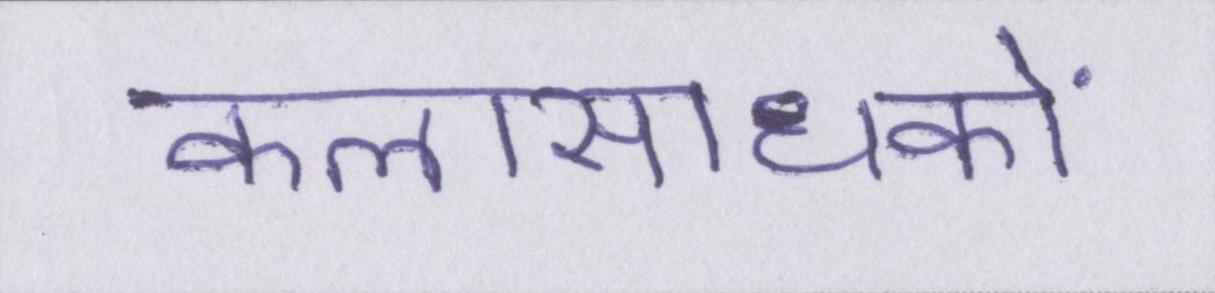
कलासाधकों